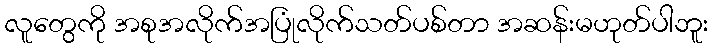
လူတွေကို အစုအလိုက်အပြုံလိုက်သတ်ပစ်တာ အဆန်းမဟုတ်ပါဘူး